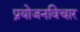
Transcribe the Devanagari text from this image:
प्रयोजनविचार